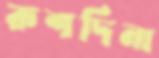
রুশদিনা